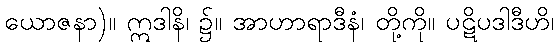
ယောဇနာ)။ ဣဒါနိ၊ ၌။ အာဟာရာဒီနံ၊ တို့ကို။ ပဋိပဒါဒီဟိ၊